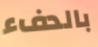
بالدفء